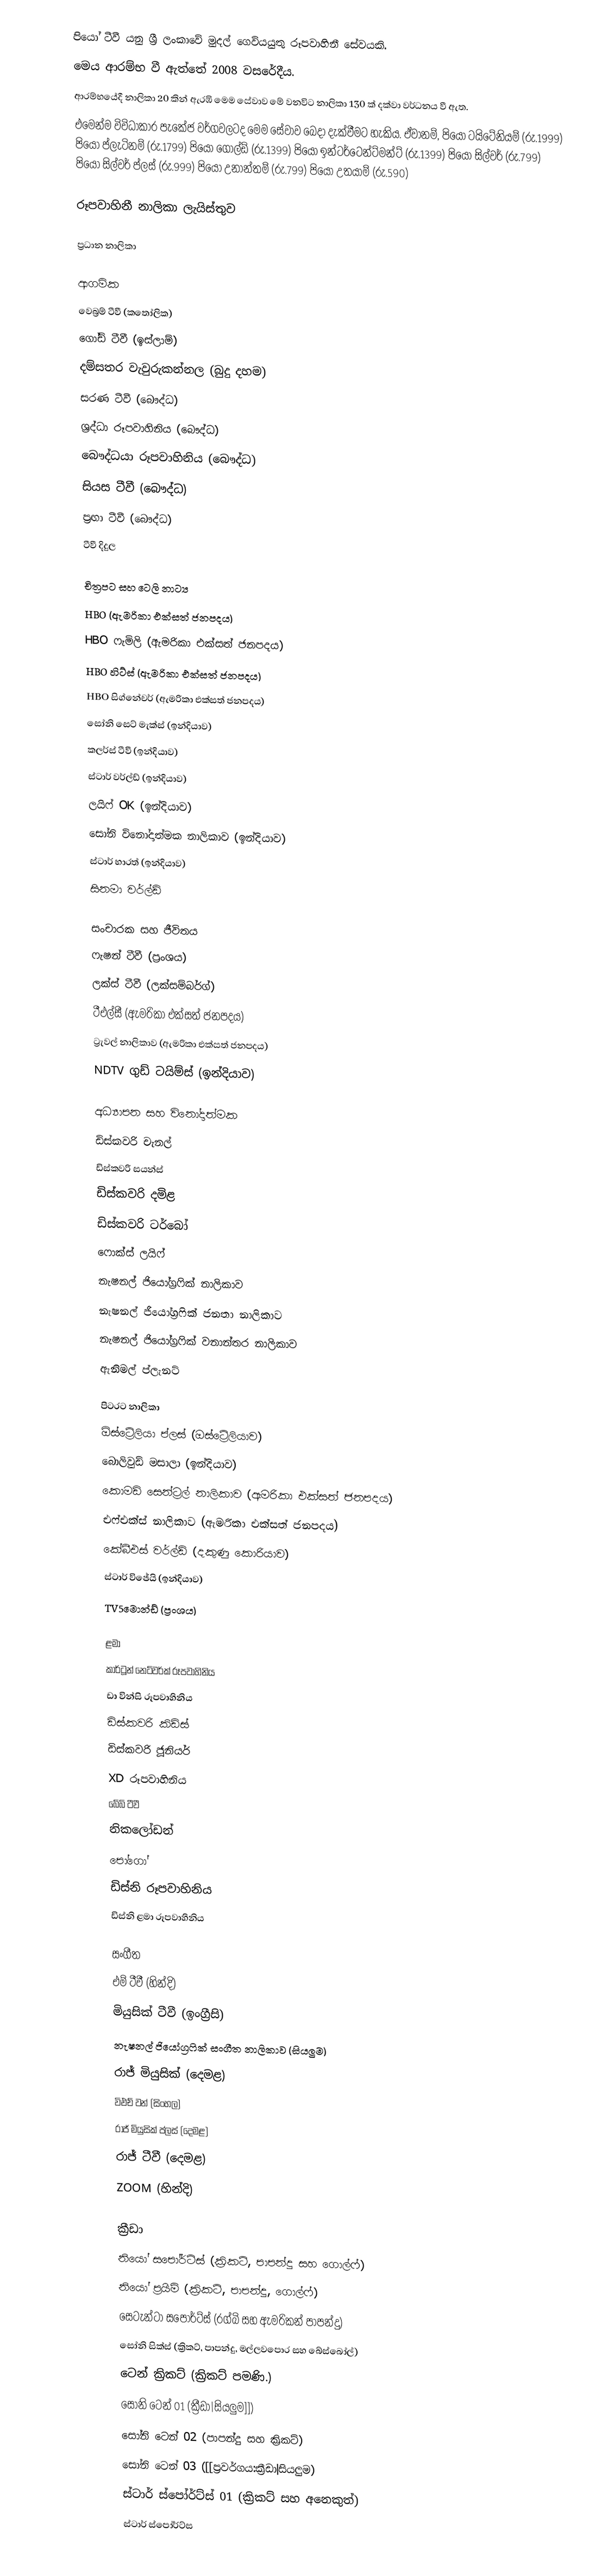
පියෝ ටීවී යනු ශ්‍රී ලංකාවේ මුදල් ගෙවියයුතු රූපවාහිනී සේවයකි.
මෙය ආරම්භ වී ඇත්තේ 2008 වසරේදීය.
ආරම්භයේදී නාලිකා 20 කින් ඇරඹි මෙම සේවාව මේ වනවිට නාලිකා 130 ක් දක්වා වර්ධනය වී ඇත.
එමෙන්ම විවිධාකාර පැකේජ වර්ගවලටද මෙම සේවාව බෙදා දැක්වීමට හැකිය. ඒවානම්, පියෝ ටයිටේනියම්            (රු.1999) පියෝ ප්ලැටිනම් (රු.1799) පියෝ ගෝල්ඩ් (රු.1399) පියෝ ඉන්ටර්ටෙන්ට්මන්ට් (රු.1399) පියෝ සිල්වර් (රු.799) පියෝ සිල්වර් ප්ලස් (රු.999) පියෝ උනාන්තම් (රු.799) පියෝ උතයාම් (රු.590)

රූපවාහිනී නාලිකා ලැයිස්තුව

ප්‍රධාන නාලිකා

ආගමික
වෙබ්‍රම් ටීවී (කතෝලික)
ගෝඩ් ටීවී (ඉස්ලාම්)
දම්සතර වැවුරුකන්නල  (බුදු දහම)
සරණ ටීවී (බෞද්ධ)
ශ්‍රද්ධා රූපවාහිනිය (බෞද්ධ)
බෞද්ධයා රූපවාහිනිය (බෞද්ධ)
සියස ටීවී (බෞද්ධ)
ප්‍රඟා ටීවී (බෞද්ධ)
ටීවී දිදුල

චිත්‍රපට සහ ටෙලි නාට්‍ය
HBO (ඇමරිකා එක්සත් ජනපදය)
HBO ෆැමිලි (ඇමරිකා එක්සත් ජනපදය)
HBO හිට්ස් (ඇමරිකා එක්සත් ජනපදය)
HBO සිග්නේචර් (ඇමරිකා එක්සත් ජනපදය)
සෝනි සෙට් මැක්ස් (ඉන්දියාව)
කලර්ස් ටීවී (ඉන්දියාව)
ස්ටාර් වර්ල්ඩ් (ඉන්දියාව)
ලයිෆ් OK (ඉන්දියාව)
සෝනි විනෝදාත්මක නාලිකාව (ඉන්දියාව)
ස්ටාර් භාරත් (ඉන්දියාව)
සිනමා වර්ල්ඩ්

සංචාරක සහ ජීවිතය
ෆැෂන් ටීවී (ප්‍රංශය)
ලක්ස් ටීවී (ලක්සම්බර්ග්)
ටීඑල්සී (ඇමරිකා එක්සත් ජනපදය)
ට්‍රැවල් නාලිකාව (ඇමරිකා එක්සත් ජනපදය)
NDTV ගුඩ් ටයිම්ස් (ඉන්දියාව)

අධ්‍යාපන සහ විනෝදාත්මක
ඩිස්කවරි චැනල්
ඩිස්කවරි සයන්ස්
ඩිස්කවරි දමිළ
ඩිස්කවරි ටර්බෝ
ෆොක්ස් ලයිෆ්
නැෂනල් ජියෝග්‍රෆික් නාලිකාව
නැෂනල් ජියෝග්‍රෆික් ජනතා නාලිකාව
නැෂනල් ජියෝග්‍රෆික් වනාන්තර නාලිකාව
ඇනිමල් ප්ලැනට්

පිටරට නාලිකා
ඕස්ට්‍රේලියා ප්ලස් (ඔස්ට්‍රේලියාව)
බොලිවුඩ් මසාලා (ඉන්දියාව)
කොමඩි සෙන්ට්‍රල් නාලිකාව (ඇමරිකා එක්සත් ජනපදය)
එෆ්එක්ස් නාලිකාව (ඇමරිකා එක්සත් ජනපදය)
කේබීඑස් වර්ල්ඩ් (දකුණු කොරියාව)
ස්ටාර් විජේයි (ඉන්දියාව)
TV5මොන්ඩ් (ප්‍රංශය)

ළමා
කාර්ටූන් නෙට්වර්ක් රූපවාහිනිය
ඩා වින්සි රූපවාහිනිය
ඩිස්කවරි කිඩ්ස්
ඩිස්කවරි ජූනියර්
XD රූපවාහිනිය
බේබි ටීවී
නිකලෝඩන්
පෝගෝ
ඩිස්නි රූපවාහිනිය
ඩිස්නි ළමා රූපවාහිනිය

සංගීත
එම් ටීවී (හින්දි)
මියුසික් ටීවී (ඉංග්‍රීසි)
නැෂනල් ජියෝග්‍රෆික් සංගීත නාලිකාව (සියලුම)
රාජ් මියුසික් (දෙමළ)
විඑච් වන් (සිංහල)
රාජ් මියුසික් ප්ලස් (දෙමළ)
රාජ් ටීවී (දෙමළ)
ZOOM (හින්දි)

ක්‍රීඩා
නියෝ සපෝර්ට්ස් (ක්‍රිකට්, පාපන්දු සහ ගොල්ෆ්)
නියෝ ප්‍රයිම් (ක්‍රිකට්, පාපන්දු, ගොල්ෆ්)
සෙටැන්ටා සපෝර්ට්ස් (රග්බි සහ ඇමරිකන් පාපන්දු)
සෝනි සික්ස් (ක්‍රිකට්, පාපන්දු, මල්ලවපොර සහ බේස්බෝල්)
ටෙන් ක්‍රිකට් (ක්‍රිකට් පමණි.)
සෝනි ටෙන් 01 (ක්‍රීඩා|සියලුම]])
සෝනි ටෙන් 02 (පාපන්දු සහ ක්‍රිකට්)
සෝනි ටෙන් 03 ([[ප්‍රවර්ගය:ක්‍රීඩා|සියලුම)
ස්ටාර් ස්පෝර්ට්ස් 01 (ක්‍රිකට් සහ අනෙකුත්)
ස්ටාර් ස්පෝර්ට්ස